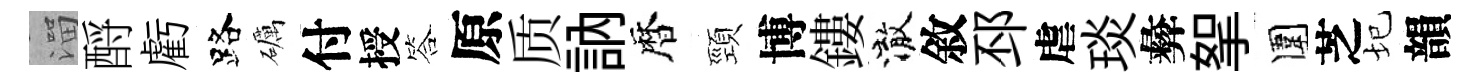
溜酹虧路礪付授答原质訥暦頸博鏤澈敘邳虐琰彜挐圍芝圮韻